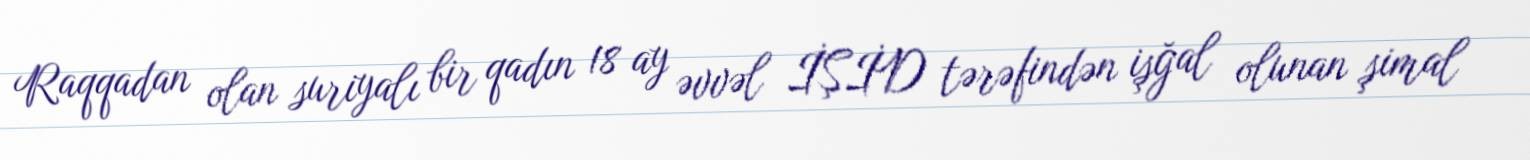
Raqqadan olan suriyalı bir qadın 18 ay əvvəl İŞİD tərəfindən işğal olunan şimal